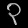
Digit: ၃